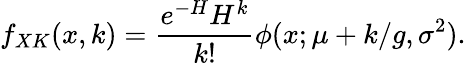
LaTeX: f_{XK}(x,k)=\frac{e^{-H}H^{k}}{k!}\phi(x;\mu+k/g,\sigma^{2}).